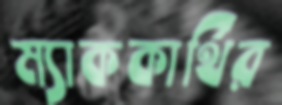
ম্যাককার্থির